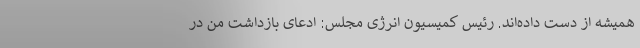
همیشه از دست داده‌اند. رئیس کمیسیون انرژی مجلس: ادعای بازداشت من در